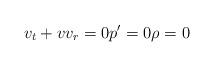
LaTeX: \begin{align*}v_{t}+vv_{r}=0{p}^{\prime}=0\rho=0 \end{align*}